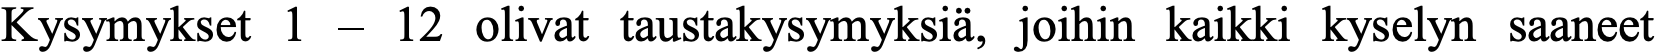
Kysymykset 1 – 12 olivat taustakysymyksiä, joihin kaikki kyselyn saaneet